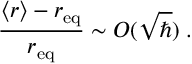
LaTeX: \frac { \langle r \rangle - r _ { \mathrm { e q } } } { r _ { \mathrm { e q } } } \sim O ( { \sqrt \hbar } ) \; .